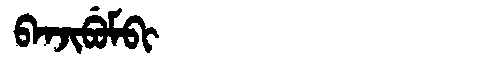
Manchu: ᠪᠠᠨᠵᡳᠪᡠᠮᠪᡳ
Romanization: BANJIBUMBI